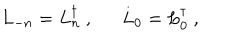
L _ { - n } = L _ { n } ^ { \dagger } ~ , L _ { 0 } = L _ { 0 } ^ { \dagger } ~ ,